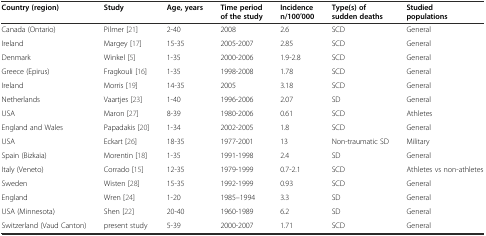
| Country (region) | Study | Age, years | Time period of the study | Incidence n/100′000 | Type(s) of sudden deaths | Studied populations |
 | --- | --- | --- | --- | --- | --- | --- |
 | Canada (Ontario) | Pilmer [21] | 2-40 | 2008 | 2.6 | SCD | General |
 | Ireland | Margey [17] | 15-35 | 2005-2007 | 2.85 | SCD | General |
 | Denmark | Winkel [5] | 1-35 | 2000-2006 | 1.9-2.8 | SCD | General |
 | Greece (Epirus) | Fragkouli [16] | 1-35 | 1998-2008 | 1.78 | SCD | General |
 | Ireland | Morris [19] | 14-35 | 2005 | 3.18 | SCD | General |
 | Netherlands | Vaartjes [23] | 1-40 | 1996-2006 | 2.07 | SD | General |
 | USA | Maron [27] | 8-39 | 1980-2006 | 0.61 | SCD | Athletes |
 | England and Wales | Papadakis [20] | 1-34 | 2002-2005 | 1.8 | SCD | General |
 | USA | Eckart [26] | 18-35 | 1977-2001 | 13 | Non-traumatic SD | Military |
 | Spain (Bizkaia) | Morentin [18] | 1-35 | 1991-1998 | 2.4 | SD | General |
 | Italy (Veneto) | Corrado [15] | 12-35 | 1979-1999 | 0.7-2.1 | SCD | Athletes vs non-athletes |
 | Sweden | Wisten [28] | 15-35 | 1992-1999 | 0.93 | SCD | General |
 | England | Wren [24] | 1-20 | 1985–1994 | 3.3 | SD | General |
 | USA (Minnesota) | Shen [22] | 20-40 | 1960-1989 | 6.2 | SD | General |
 | Switzerland (Vaud Canton) | present study | 5-39 | 2000-2007 | 1.71 | SCD | General |